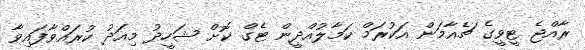
ރާއްޖެ ޓީވީގެ ޗެއާމަން އަކުރަމް ކަމާލުއްދީން ޓެގް ކޮށް ޝަހީދު މިއަދު ކުރައްވާފައިވާ